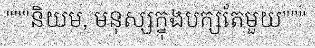
"""និយម, មនុស្សក្នុងបក្សតែមួយ"""